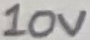
Text: 10V